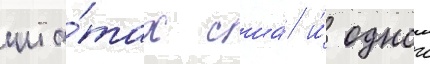
шта́тах сша́ и́ однои